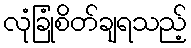
လုံခြုံစိတ်ချရသည့်